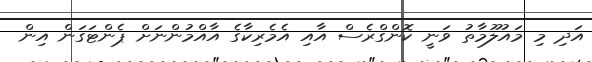
އަދި މި މައުލޫމާތު ވަނީ ކޮންގްރެސް އާއި އެމެރިކާގެ އާއްމުންނަށް ޕެންޓަގަން އިން